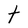
Character: t